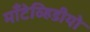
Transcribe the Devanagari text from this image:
माँटेव्हिडीयो